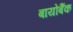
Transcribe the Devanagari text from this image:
बायोबैंक